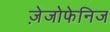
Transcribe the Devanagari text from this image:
ज़ेजोफेनिज